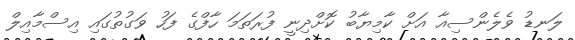
ލަނޑު ވެލެންސިއާ އަށް ކާމިޔާބު ކޮށްދިނީ ފުރަތަމަ ހާފްގެ ފަހު ވަގުތުގައި އިސްމާއިލް